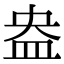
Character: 盎